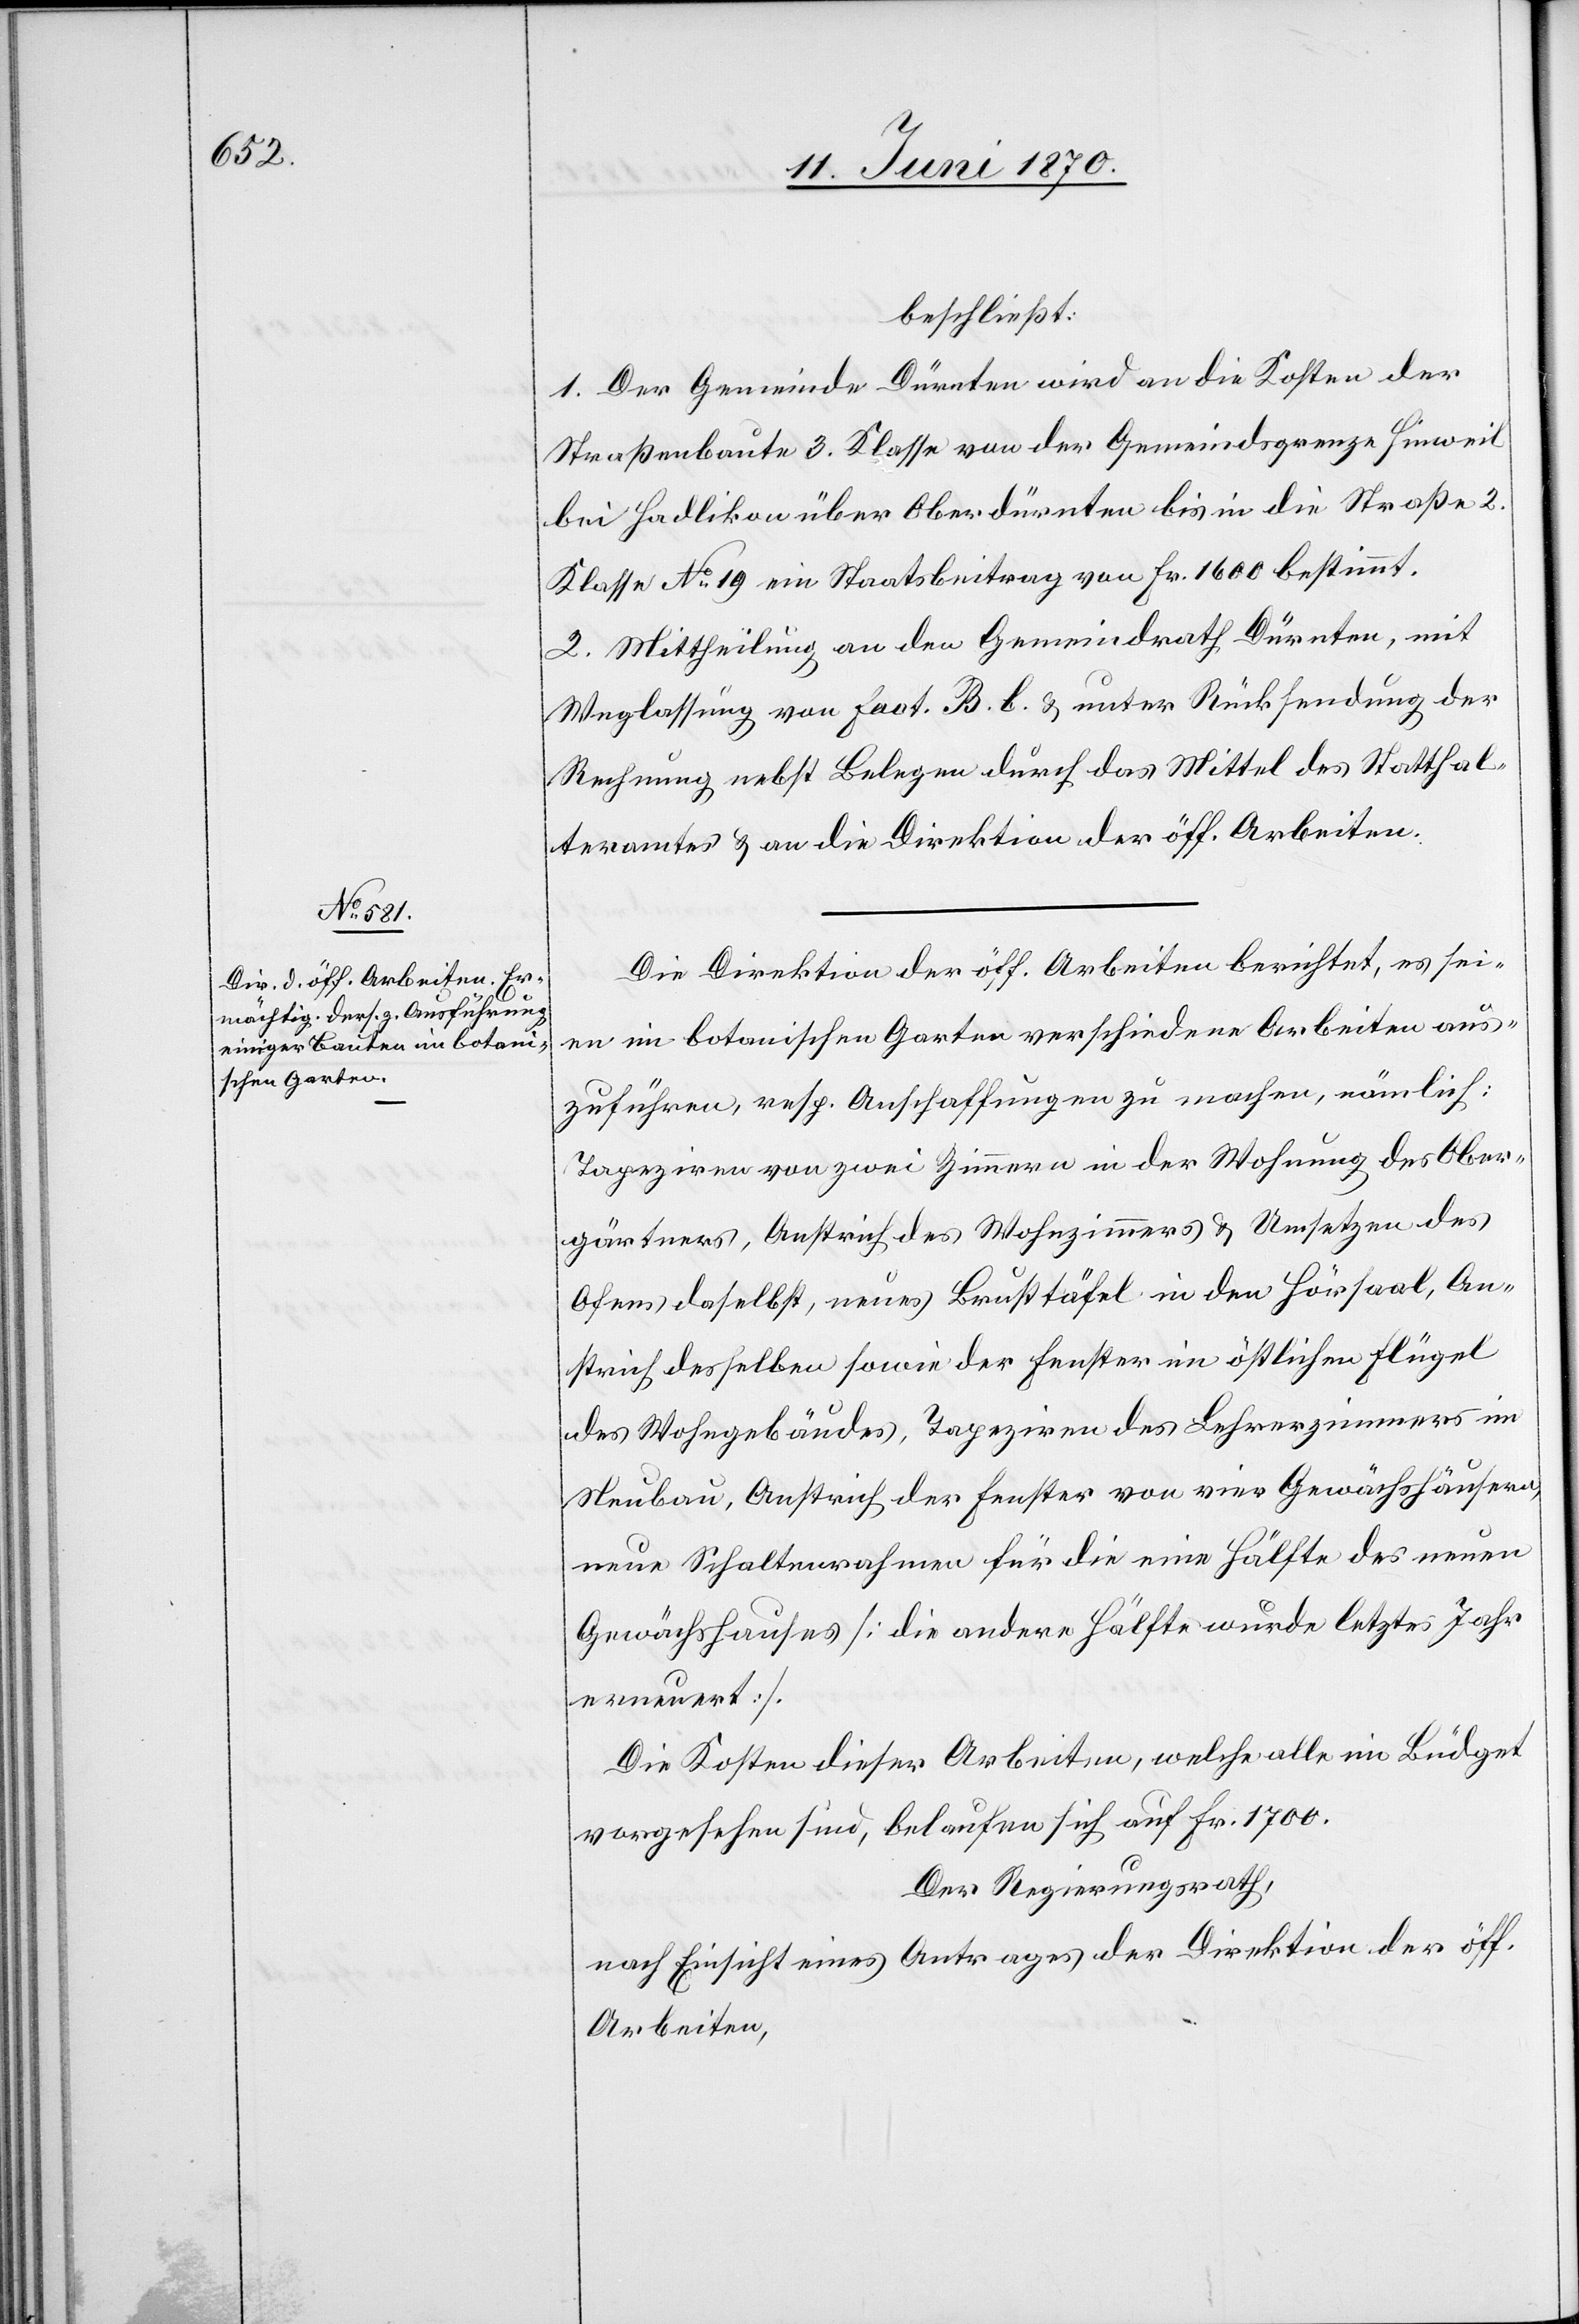
beschließt:
1. Der Gemeinde Dürnten wird an die Kosten der
Straßenbaute 3. Klasse von der Gemeindsgrenze Hinweil
bei Hadlikon über Oberdürnten bis in die Straße 2.
Klasse No 19 ein Staatsbeitrag von Fr. 1600 bestimmt.
2. Mittheilung an den Gemeindrath Dürnten, mit
Weglassung von fact. B. b. & unter Rücksendung der
Rechnung nebst Belegen durch das Mittel des Statthal¬
teramtes & an die Direktion der öff. Arbeiten.
Die Direktion der öff. Arbeiten berichtet, es sei¬
en im botanischen Garten verschiedene Arbeiten aus¬
zuführen, resp. Anschaffungen zu machen, nämlich:
Tapeziren von zwei Zimmern in der Wohnung des Ober¬
gärtners, Anstrich des Wohnzimmers & Umsetzen des
Ofens daselbst, neues Brusttäfel in den Hörsaal, An¬
strich desselben sowie der Fenster im östlichen Flügel
des Wohngebäudes, Tapeziren des Lehrerzimmers im
Neubau, Anstrich der Fenster von vier Gewächshäusern,
neue Schaltenrahmen für die eine Hälfte des neuen
Gewächshauses [die andere Hälfte wurde letztes Jahre
erneuert].
Die Kosten dieser Arbeiten, welche alle im Büdget
vorgesehen sind, belaufen sich auf Fr. 1700.
Der Regierungsrath,
nach Einsicht eines Antrages der Direktion der öff.
Arbeiten,